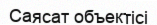
Саясат объектісі